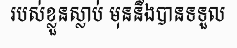
របស់ខ្លួនស្លាប់ មុននឹងបានទទួល